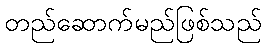
တည်ဆောက်မည်ဖြစ်သည်